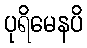
ပုရိမေနပိ